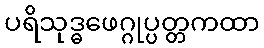
ပရိသုဒ္ဓဖေဂ္ဂုပ္ပတ္တကထာ